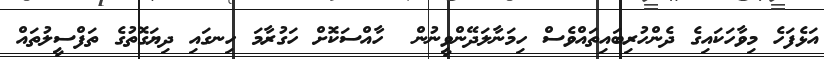
އަޅެފަހެ މިވާހަކައިގެ ދެންހުރިބައިތައްވެސް ހިމަނާލަދޭންވީނުން  ހާއްސަކޮށް ހަގުރާމަ ހިނގައި ދިޔަގޮތުގެ ތަފްސީލުުތައް